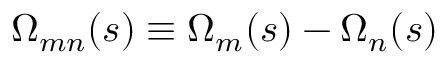
\Omega _ { m n } ( s ) \equiv \Omega _ { m } ( s ) - \Omega _ { n } ( s )